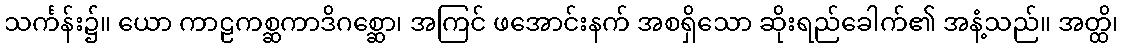
သင်္ကန်း၌။ ယော ကာဠကစ္ဆကာဒိဂစ္ဆော၊ အကြင် ဖအောင်းနက် အစရှိသော ဆိုးရည်ခေါက်၏ အနံ့သည်။ အတ္ထိ၊